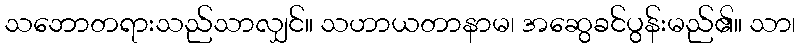
သဘောတရားသည်သာလျှင်။ သဟာယတာနာမ၊ အဆွေခင်ပွန်းမည်၏။ သာ၊